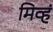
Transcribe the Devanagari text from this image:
मिव्हं